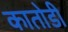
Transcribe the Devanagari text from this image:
कातोडी